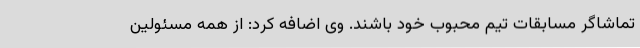
تماشاگر مسابقات تیم محبوب خود باشند. وی اضافه کرد: از همه مسئولین